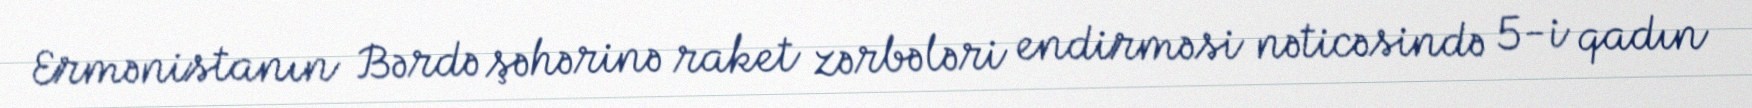
Ermənistanın Bərdə şəhərinə raket zərbələri endirməsi nəticəsində 5-i qadın